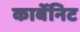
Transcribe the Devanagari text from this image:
कार्बेनिट